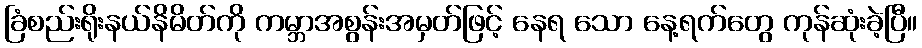
ခြံစည်းရိုးနယ်နိမိတ်ကို ကမ္ဘာအစွန်းအမှတ်ဖြင့် နေရ သော နေ့ရက်တွေ ကုန်ဆုံးခဲ့ပြီ။